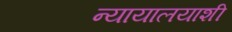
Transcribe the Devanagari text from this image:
न्यायालयाशी